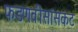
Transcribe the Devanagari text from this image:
फडणवीसांसकट